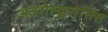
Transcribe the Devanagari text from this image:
अतरोस्क्लरोसिस